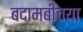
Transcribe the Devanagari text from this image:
बदामबीच्या